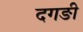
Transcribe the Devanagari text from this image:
दगङी